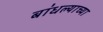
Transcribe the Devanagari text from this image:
बांधल्याच्या